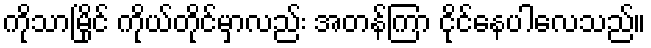
ကိုသာမြိုင် ကိုယ်တိုင်မှာလည်း အတန်ကြာ ငိုင်နေပါလေသည်။